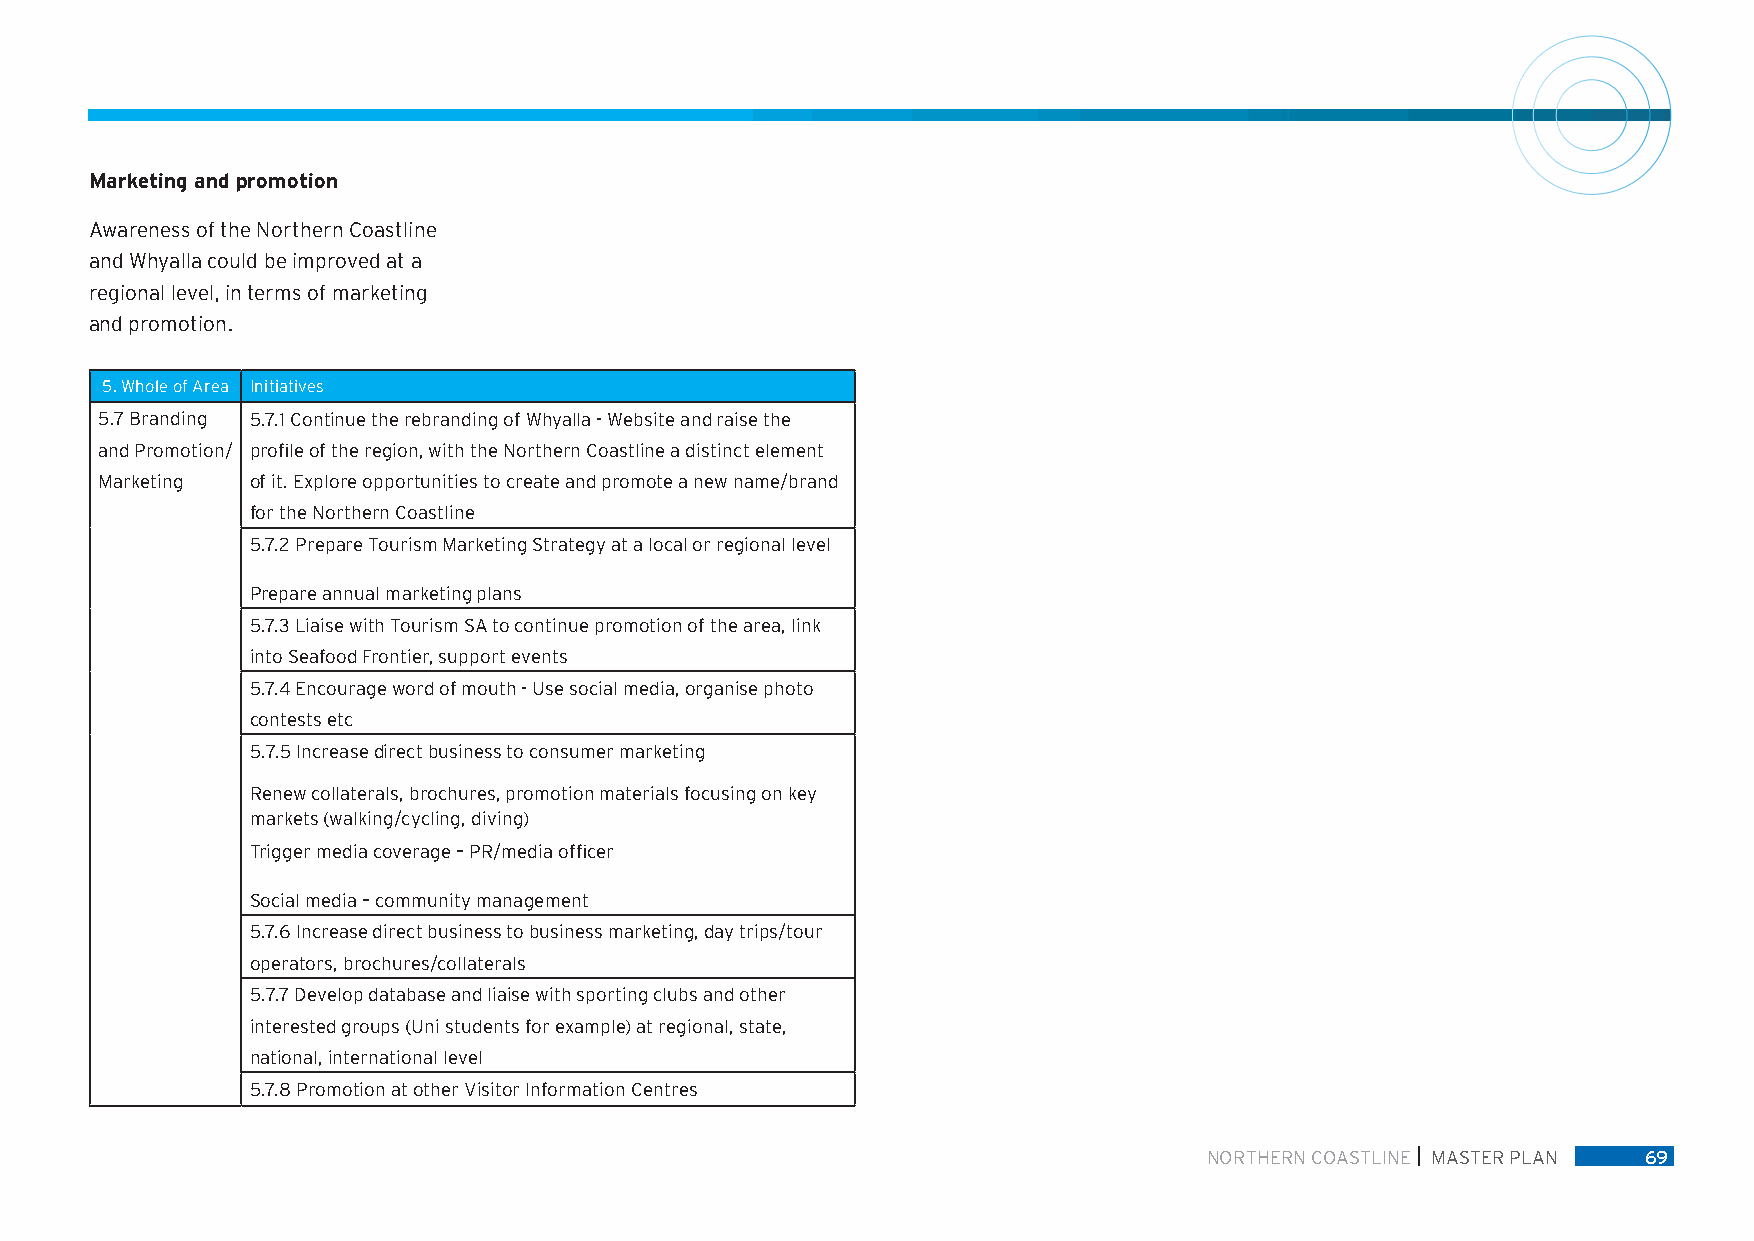
Marketing and promotion
 Awareness of the Northern Coastline
 and Whyalla could be improved at a
 regional level, in terms of marketing
 and promotion.
 5. Whole of Area Initiatives
 5.7 Branding 5.7.1 Continue the rebranding of Whyalla - Website and raise the
 and Promotion/ profile of the region, with the Northern Coastline a distinct element
 Marketing  of it. Explore opportunities to create and promote a new name/brand
 for the Northern Coastline
 5.7.2 Prepare Tourism Marketing Strategy at a local or regional level
 Prepare annual marketing plans
 5.7.3 Liaise with Tourism SA to continue promotion of the area, link
 into Seafood Frontier, support events
 5.7.4 Encourage word of mouth - Use social media, organise photo
 contests etc
 5.7.5 Increase direct business to consumer marketing
 Renew collaterals, brochures, promotion materials focusing on key
 markets (walking/cycling, diving)
 Trigger media coverage – PR/media officer
 Social media – community management
 5.7.6 Increase direct business to business marketing, day trips/tour
 operators, brochures/collaterals
 5.7.7 Develop database and liaise with sporting clubs and other
 interested groups (Uni students for example) at regional, state,
 national, international level
 5.7.8 Promotion at other Visitor Information Centres
 NORTHERN COASTLINE MASTER PLAN 69